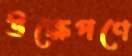
উক্ষেপণে